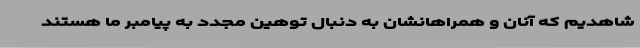
شاهدیم که آنان و همراهانشان به دنبال توهین مجدد به پیامبر ما هستند